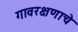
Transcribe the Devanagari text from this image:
गावरक्षणाचे